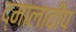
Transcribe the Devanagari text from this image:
द्मालावीप